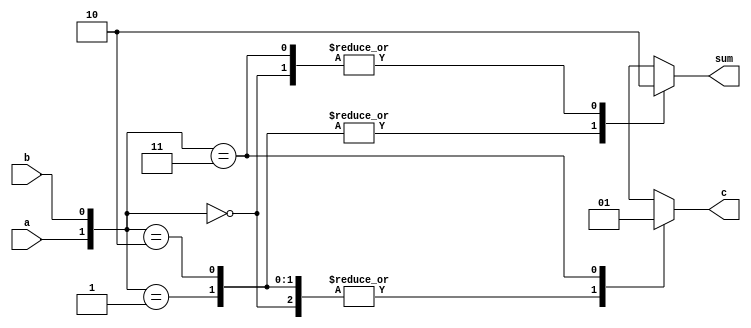
module halfadd(
    input a,
    input b,
    output reg c,
    output reg sum
    ); //defining the input and output pins
	 
	 always @(a or b)
	 begin
	 
	case({a,b})
	2'b00:begin sum=0; c=0; end
	2'b01:begin sum=1; c=0; end
	2'b10:begin sum=1; c=0; end
	2'b11:begin sum=0; c=1; end
	 endcase
	 end

endmodule